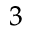
_ 3